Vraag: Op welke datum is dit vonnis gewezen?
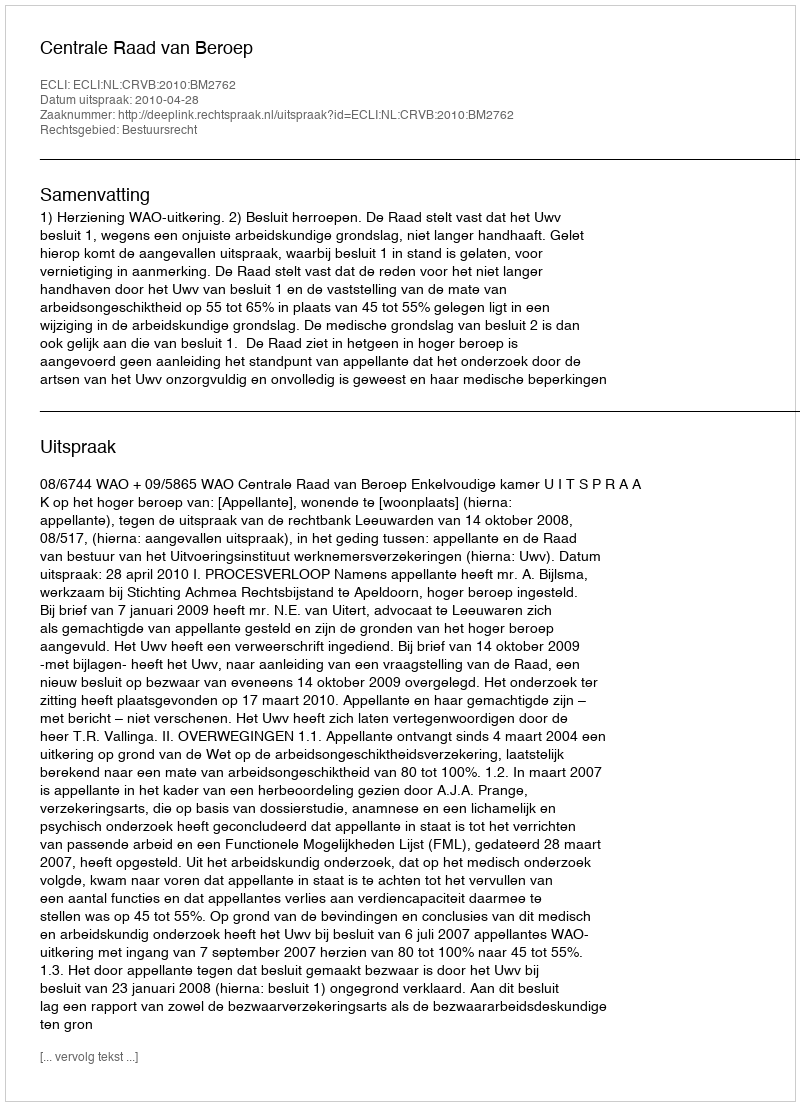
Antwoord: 2010-04-28